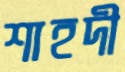
শাহদী